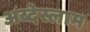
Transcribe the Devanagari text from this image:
अब्देस्लाम